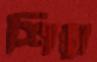
শিল্পা